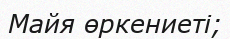
Майя өркениеті;